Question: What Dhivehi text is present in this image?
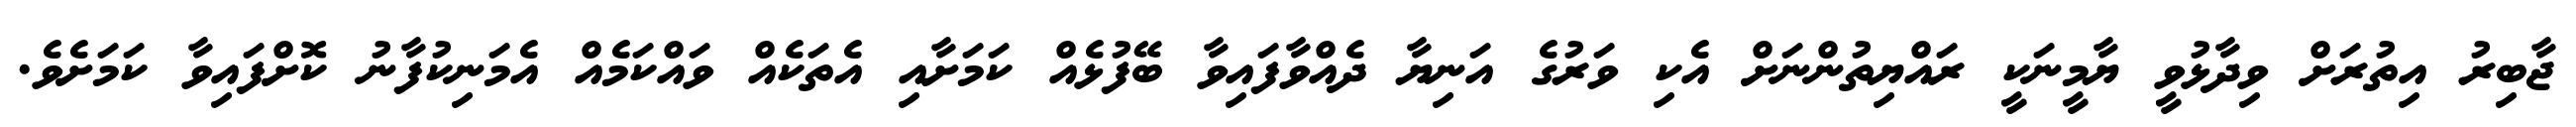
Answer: ޖާބިރު އިތުރަށް ވިދާޅުވީ ޔާމީނަކީ ރައްޔިތުންނަށް އެކި ވަރުގެ އަނިޔާ ދެއްވާފައިވާ ބޭފުޅެއް ކަމަށާއި އެތަކެއް ވައްކަމެއް އެމަނިކުފާނު ކޮށްފައިވާ ކަމަށެވެ.